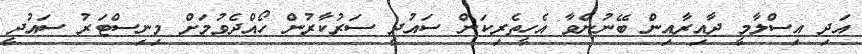
އަދި އިސްލާމީ ދާއިރާއިން ބޭނުންވާ އެހީތެރިކަން ސައުދީ ސަރުކާރުން ހޯއްދެވުމަށް މިނިސްޓަރު ސައުދީ